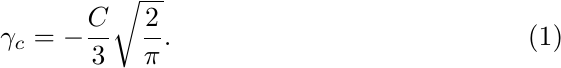
\begin{align}
	\gamma_c
	=
	-\frac{C}{3}\sqrt{\frac{2}{\pi}}.
\end{align}